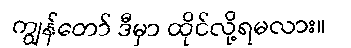
ကျွန်တော် ဒီမှာ ထိုင်လို့ရမလား။